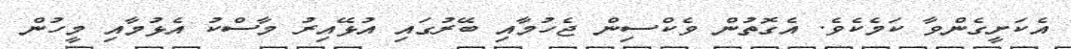
އެކަށީގެންވާ ކަމެކެވެ. އެގޮތުން ވެކްސިން ޖެހުމާއި ބޭރުގައި އުޅޭއިރު މާސްކު އެޅުމާއި މީހުން